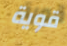
قوية